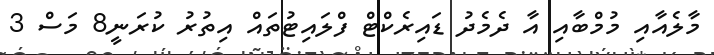
މާލެއާއި މުމްބާއި އާ ދެމެދު ޑައިރެކްޓް ފްލައިޓުތައް އިތުރު ކުރަނީ8 މަސް 3